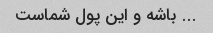
... باشه و این پول شماست